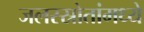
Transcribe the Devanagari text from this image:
जलस्स्रोतांमध्ये